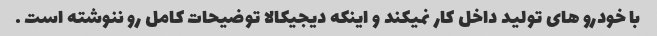
با خودرو های تولید داخل کار نمیکند و اینکه دیجیکالا توضیحات کامل رو ننوشته است .